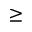
\geq